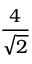
\frac { 4 } { \sqrt { 2 } }